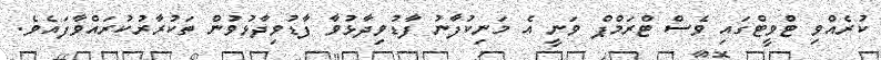
ކުރެއްވި ޓްވީޓްގައި ވެސް ޓްރަމްޕް ވަނީ އެ މަނިކުފާނު ފާޑުވިދާޅުވާ ފާޑުވިދާޅުވުން ތަކުރާރުކުރައްވާފައެވެ.